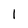
Character: I